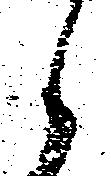
候